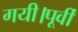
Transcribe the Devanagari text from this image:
गयी।पूर्वी